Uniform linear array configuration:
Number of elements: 8
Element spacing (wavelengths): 0.75
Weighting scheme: hann
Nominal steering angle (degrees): -15
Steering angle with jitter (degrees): -13.136
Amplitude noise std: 0.05
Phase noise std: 0.05

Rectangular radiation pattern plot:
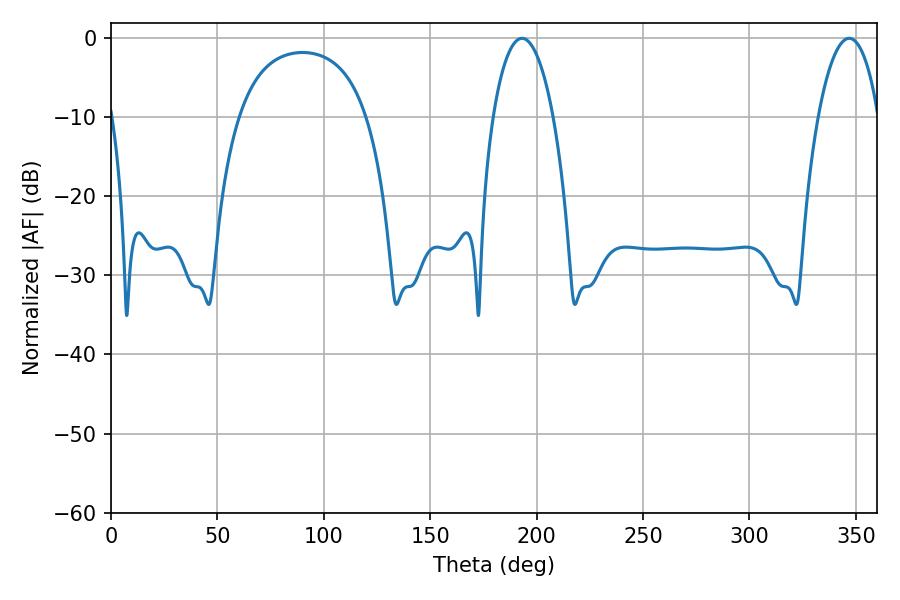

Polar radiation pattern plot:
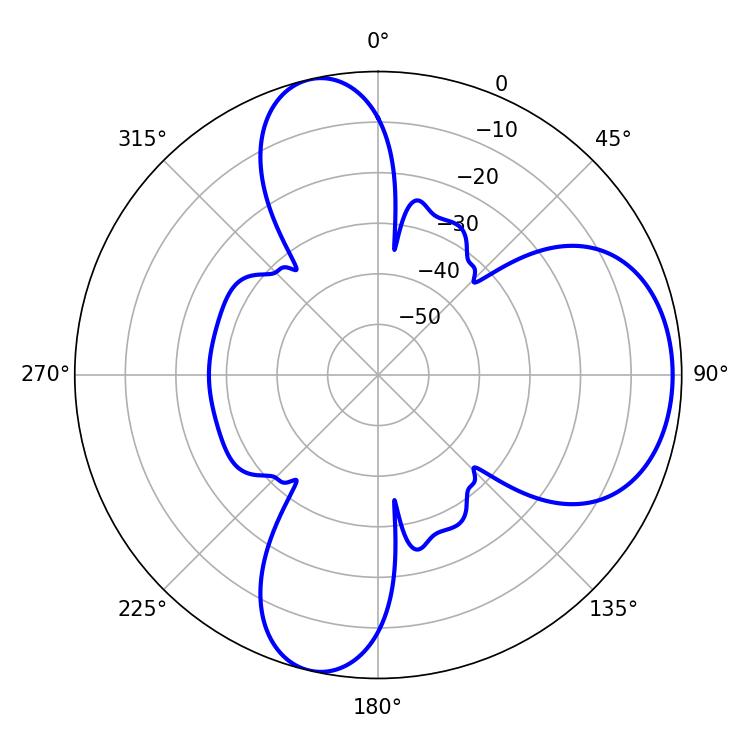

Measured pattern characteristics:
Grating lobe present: TRUE
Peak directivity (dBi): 7.926
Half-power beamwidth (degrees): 15.84
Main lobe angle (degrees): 193.14